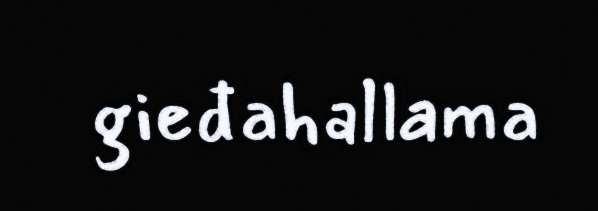
gieđahallama